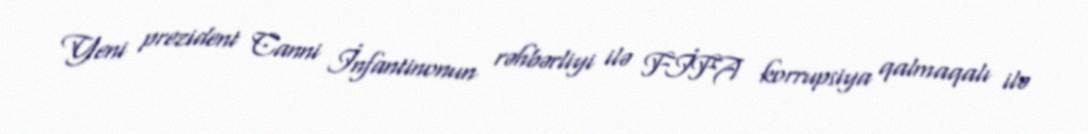
Yeni prezident Canni İnfantinonun rəhbərliyi ilə FİFA korrupsiya qalmaqalı ilə